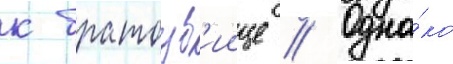
к братоуб'иице // Одна́ко